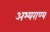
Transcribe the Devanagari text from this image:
अभ्‍यराण्‍य